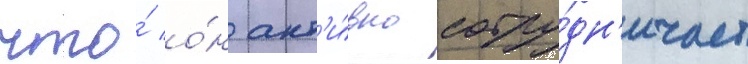
что́ о́н акт'и́вно сотру́дн'ичает